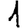
Digit: 1